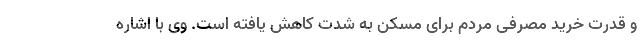
و قدرت خرید مصرفی مردم برای مسکن به شدت کاهش یافته است. وی با اشاره